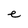
Character: e